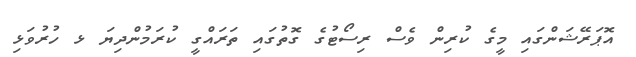
އޮޕަރޭޝަންގައި މީގެ ކުރިން ވެސް ރިސޯޓުގެ ގޮތުގައި ތަރައްގީ ކުރަމުންދިޔަ ޅ ހުރުވަޅި